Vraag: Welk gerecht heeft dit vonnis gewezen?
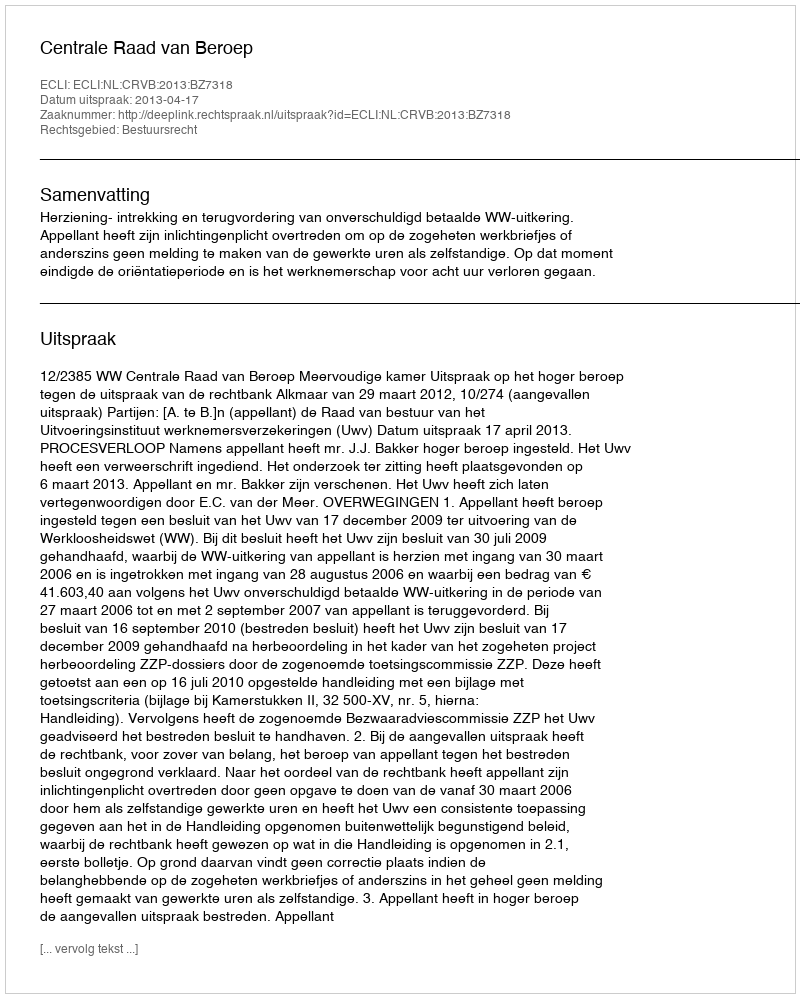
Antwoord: Centrale Raad van Beroep